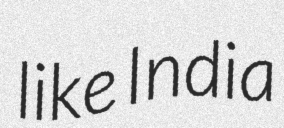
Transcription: like India